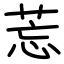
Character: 莣